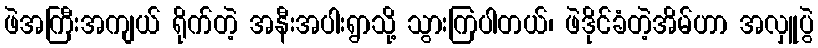
ဖဲအကြီးအကျယ် ရိုက်တဲ့ အနီးအပါးရွာသို့ သွားကြပါတယ်၊ ဖဲဒိုင်ခံတဲ့အိမ်ဟာ အလှူပွဲ